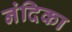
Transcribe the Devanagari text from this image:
नंदिका